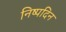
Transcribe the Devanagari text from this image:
निष्पदिन